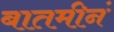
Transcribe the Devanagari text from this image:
बातमीनं